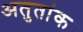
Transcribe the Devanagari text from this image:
अतुतांक